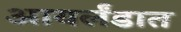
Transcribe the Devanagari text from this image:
आयर्लंडात